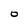
Character: O